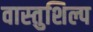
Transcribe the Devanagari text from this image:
वास्‍तुशिल्प